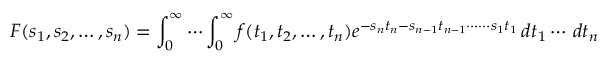
F ( s _ { 1 } , s _ { 2 } , \ldots , s _ { n } ) = \int _ { 0 } ^ { \infty } \cdots \int _ { 0 } ^ { \infty } f ( t _ { 1 } , t _ { 2 } , \ldots , t _ { n } ) e ^ { - s _ { n } t _ { n } - s _ { n - 1 } t _ { n - 1 } \cdots \cdots s _ { 1 } t _ { 1 } } \, d t _ { 1 } \cdots \, d t _ { n }